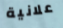
علانية